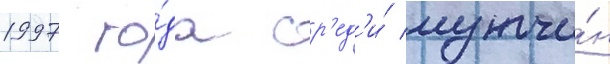
1997 го́да ср'ед'и́ мужчи́н